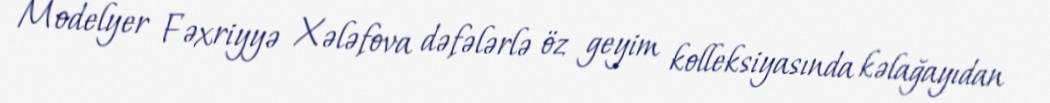
Modelyer Fəxriyyə Xələfova dəfələrlə öz geyim kolleksiyasında kəlağayıdan